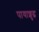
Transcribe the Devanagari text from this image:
पायाशुद्ध